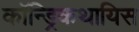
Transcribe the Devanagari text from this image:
कॉन्ड्रिकथायिस